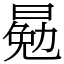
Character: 𣈳